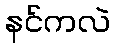
နင်ကလဲ